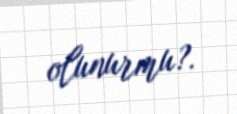
olunurmu?.